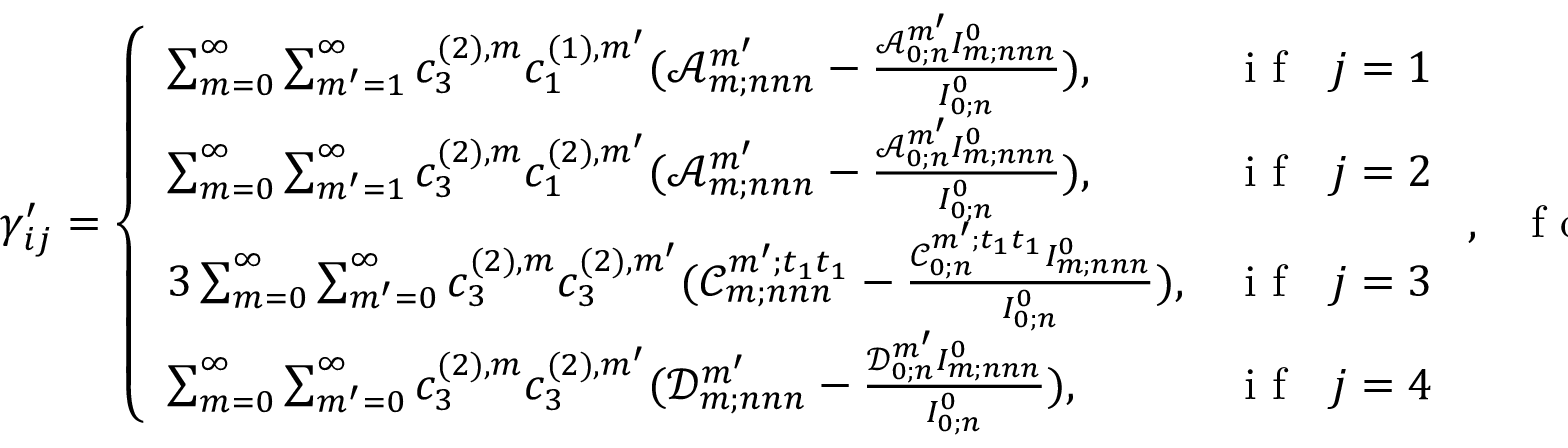
\gamma _ { i j } ^ { \prime } = \left\{ \begin{array} { l l } { \sum _ { m = 0 } ^ { \infty } \sum _ { m ^ { \prime } = 1 } ^ { \infty } c _ { 3 } ^ { ( 2 ) , m } c _ { 1 } ^ { ( 1 ) , m ^ { \prime } } ( \mathscr { A } _ { m ; n n n } ^ { m ^ { \prime } } - \frac { \mathscr { A } _ { 0 ; n } ^ { m ^ { \prime } } I _ { m ; n n n } ^ { 0 } } { I _ { 0 ; n } ^ { 0 } } ) , } & { \mathrm { ~ i ~ f ~ ~ ~ } j = 1 } \\ { \sum _ { m = 0 } ^ { \infty } \sum _ { m ^ { \prime } = 1 } ^ { \infty } c _ { 3 } ^ { ( 2 ) , m } c _ { 1 } ^ { ( 2 ) , m ^ { \prime } } ( \mathscr { A } _ { m ; n n n } ^ { m ^ { \prime } } - \frac { \mathscr { A } _ { 0 ; n } ^ { m ^ { \prime } } I _ { m ; n n n } ^ { 0 } } { I _ { 0 ; n } ^ { 0 } } ) , } & { \mathrm { ~ i ~ f ~ ~ ~ } j = 2 } \\ { 3 \sum _ { m = 0 } ^ { \infty } \sum _ { m ^ { \prime } = 0 } ^ { \infty } c _ { 3 } ^ { ( 2 ) , m } c _ { 3 } ^ { ( 2 ) , m ^ { \prime } } ( \mathscr { C } _ { m ; n n n } ^ { m ^ { \prime } ; t _ { 1 } t _ { 1 } } - \frac { \mathscr { C } _ { 0 ; n } ^ { m ^ { \prime } ; t _ { 1 } t _ { 1 } } I _ { m ; n n n } ^ { 0 } } { I _ { 0 ; n } ^ { 0 } } ) , } & { \mathrm { ~ i ~ f ~ ~ ~ } j = 3 } \\ { \sum _ { m = 0 } ^ { \infty } \sum _ { m ^ { \prime } = 0 } ^ { \infty } c _ { 3 } ^ { ( 2 ) , m } c _ { 3 } ^ { ( 2 ) , m ^ { \prime } } ( \mathscr { D } _ { m ; n n n } ^ { m ^ { \prime } } - \frac { \mathscr { D } _ { 0 ; n } ^ { m ^ { \prime } } I _ { m ; n n n } ^ { 0 } } { I _ { 0 ; n } ^ { 0 } } ) , } & { \mathrm { ~ i ~ f ~ ~ ~ } j = 4 } \end{array} \right. , \mathrm { ~ ~ ~ f ~ o ~ r ~ ~ ~ } i = 5 ;